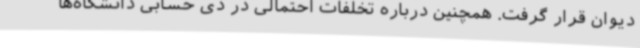
دیوان قرار گرفت. همچنین درباره تخلفات احتمالی در ذی حسابی دانشگاه‌ها